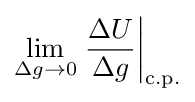
\lim _{\Delta g\to 0}\left.{\frac {\Delta U}{\Delta g}}\right|_{\text{c.p.}}